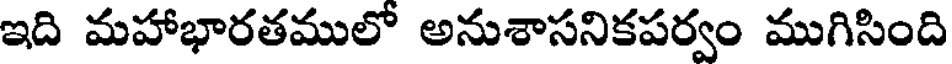
ఇది మహాభారతములో అనుశాసనికపర్వం ముగిసింది